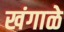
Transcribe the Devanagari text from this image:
खंगाळे